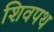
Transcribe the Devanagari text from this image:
शिवपथ